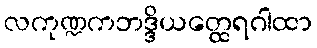
လကုဏ္ဍကဘဒ္ဒိယတ္ထေရဂါထာ